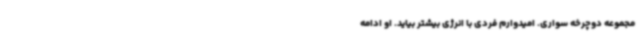
مجموعه دوچرخه سواری. امیدوارم فردی با انرژی بیشتر بیاید. او ادامه